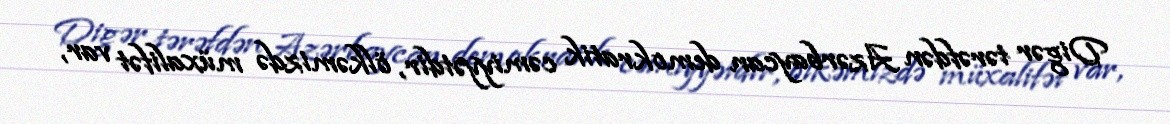
Digər tərəfdən Azərbaycan demokratik cəmiyyətdir, ölkəmizdə müxalifət var,